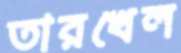
তারখেল